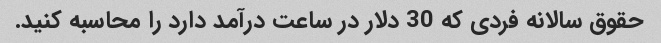
حقوق سالانه فردی که 30 دلار در ساعت درآمد دارد را محاسبه کنید.